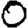
Digit: 0